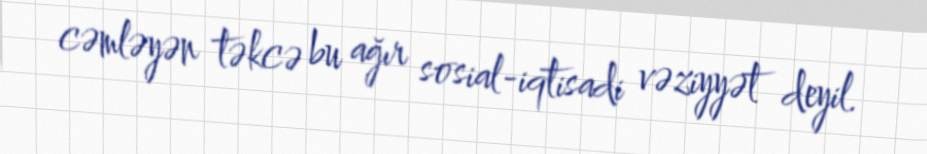
cəmləyən təkcə bu ağır sosial-iqtisadi vəziyyət deyil.